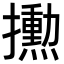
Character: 𪮼